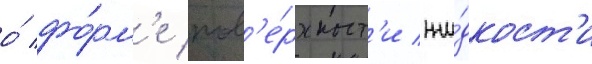
о́ фо́рм'е пов'е́рхност'и жи́дкост'и